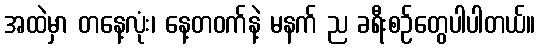
အထဲမှာ တနေ့လုံး၊ နေ့တဝက်နဲ့ မနက် ည ခရီးစဉ်တွေပါပါတယ်။